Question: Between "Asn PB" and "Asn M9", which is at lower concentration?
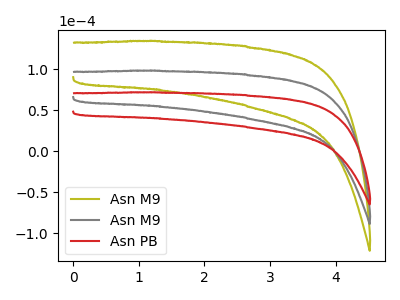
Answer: <think>The olive curve "Asn M9" has no peaks. The gray curve "Asn M9" has no peaks. The red curve "Asn PB" has no peaks.
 Neither "Asn PB" or "Asn M9" have any peaks.</think>
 <answer>I cant tell if "Asn PB" or "Asn M9" has higher concentration.</answer>
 <eval>mixed_concentration</eval>